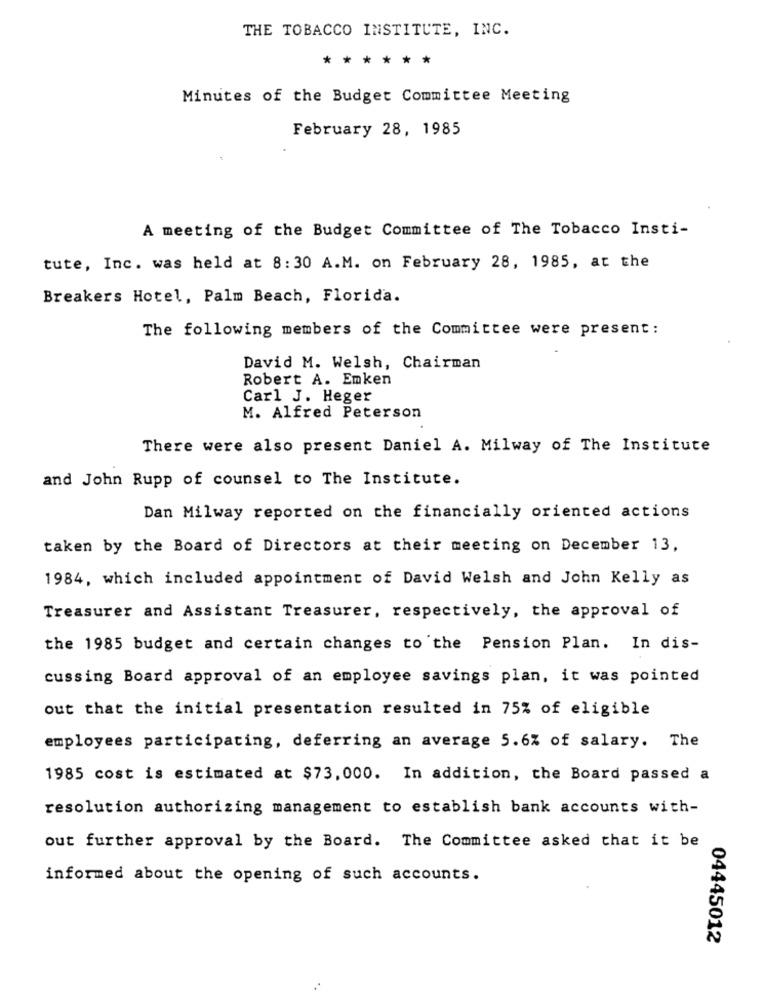
THE TOBACCO INSTITUTE, INC.
******
Minutes of the Budget Committee Meeting
February 28, 1985
A meeting of the Budget Committee of The Tobacco Insti-
tute, Inc. was held at 8:30 A.M. on February 28, 1985, at the
Breakers Hotel, Palm Beach, Florida.
The following members of the Committee were present:
David M. Welsh, Chairman
Robert A. Emken
Carl J. Heger
M. Alfred Peterson
There were also present Daniel A. Milway of The Institute
and John Rupp of counsel to The Institute.
Dan Milway reported on the financially oriented actions
taken by the Board of Directors at their meeting on December 13,
1984, which included appointment of David Welsh and John Kelly as
Treasurer and Assistant Treasurer, respectively, the approval of
the 1985 budget and certain changes to the Pension Plan. In dis-
cussing Board approval of an employee savings plan, it was pointed
out that the initial presentation resulted in 75% of eligible
employees participating, deferring an average 5.6% of salary. The
1985 cost is estimated at $73,000. In addition, the Board passed a
resolution authorizing management to establish bank accounts with-
out further approval by the Board. The Committee asked that it be
informed about the opening of such accounts.
04445012